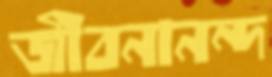
জীবনানন্দ